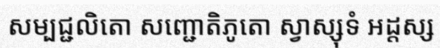
សម្បជ្ជលិតោ សញ្ជោតិភូតោ ស្វាស្សុទំ អដ្តស្ស